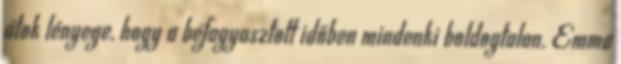
átok lényege, hogy a befagyasztott időben mindenki boldogtalan. Emma